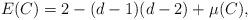
LaTeX: \begin{align*} E(C)=2-(d-1)(d-2) +\mu(C),\end{align*}